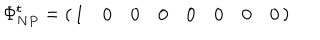
\Phi _ { N P } ^ { t } = \left( \begin{array} { l l l l l l l l } { { 1 } } & { { 0 } } & { { 0 } } & { { 0 } } & { { 0 } } & { { 0 } } & { { 0 } } & { { 0 } } \\ \end{array} \right)